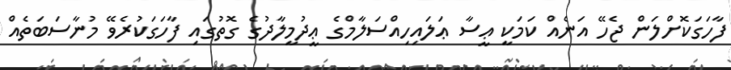
ފާހަގަކޮށްލަން ޖެހޭ އަނެއް ކަމަކީ ޢީސާ ޢަލައިހިއްސަލާމްގެ ޢީދުމީލާދުގެ ގޮތުގައި ފާހަގަކުރެވޭ މުނާސަބަތެއް